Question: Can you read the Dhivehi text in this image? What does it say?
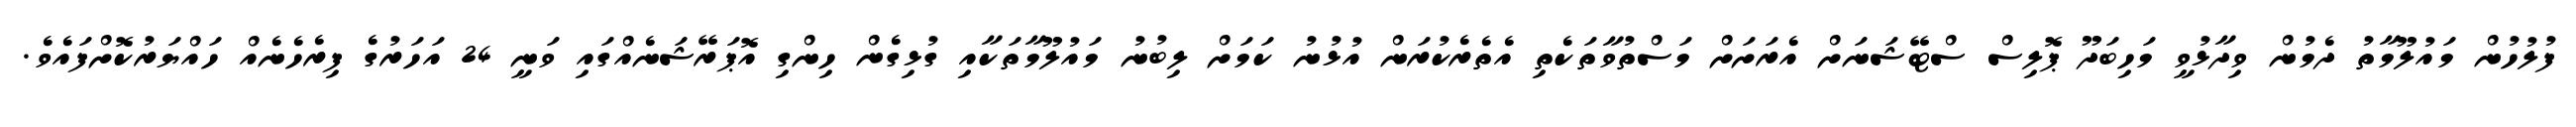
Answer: ފުލުހުން މައުލޫމާތު ދެމުން ވިދާޅުވީ މަހިބަދޫ ޕޮލިސް ސްޓޭޝަނަށް އެރަށަށް މަސްތުވާތަކެތި އެތެރެކުރަން އުޅުނު ކަމަށް ލިބުނު މައުލޫމާތަކާއި ގުޅިގެން ހިންގި އޮޕަރޭޝަނެއްގައި ވަނީ 24 އަހަރުގެ ފިރެހެނެއް ހައްޔަރުކޮށްފައެވެ.